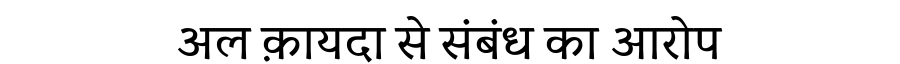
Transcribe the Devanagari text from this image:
अल क़ायदा से संबंध का आरोप